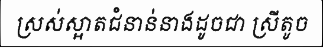
ស្រស់ស្អាតជំនាន់នាងដូចជា ស្រីតូច